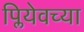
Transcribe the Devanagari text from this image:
प्लियेवच्या